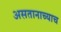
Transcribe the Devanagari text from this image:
असतानाच्याच